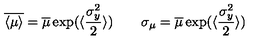
\overline { { \langle \mu \rangle } } = \overline { \mu } \exp ( \langle \frac { \sigma _ { y } ^ { 2 } } { 2 } \rangle ) \qquad \sigma _ { \mu } = \overline { \mu } \exp ( \langle \frac { \sigma _ { y } ^ { 2 } } { 2 } \rangle )